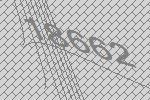
18662